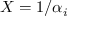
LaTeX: X = 1 / \alpha _ { i }